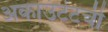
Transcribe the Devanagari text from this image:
अकाउंटंटची